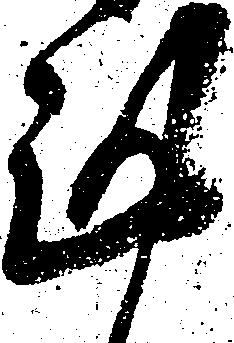
謹